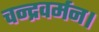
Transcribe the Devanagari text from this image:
चन्द्रवर्मन।